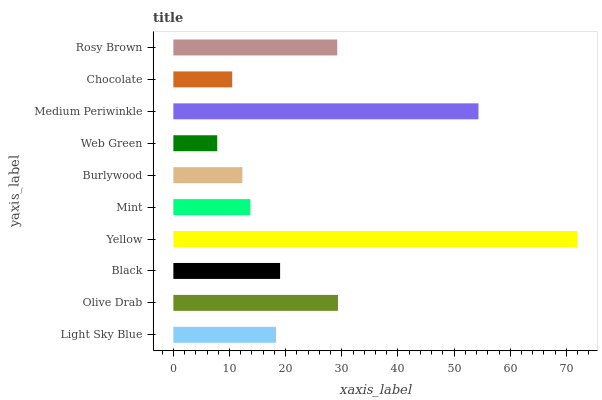
| yaxis_label | bars |
 | --- | --- |
 | Light Sky Blue | 18.3 |
 | Olive Drab | 29.3 |
 | Black | 19 |
 | Yellow | 71.9 |
 | Mint | 13.7 |
 | Burlywood | 12.3 |
 | Web Green | 7.81 |
 | Medium Periwinkle | 54.3 |
 | Chocolate | 10.5 |
 | Rosy Brown | 29.2 |